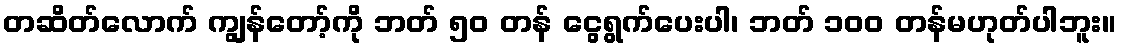
တဆိတ်လောက် ကျွန်တော့်ကို ဘတ် ၅၀ တန် ငွေရွက်ပေးပါ၊ ဘတ် ၁၀၀ တန်မဟုတ်ပါဘူး။